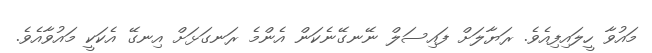
މައުވާ ހީލައިފިއެވެ. ރަޔާލަށް ފައިސަލް ނޭނގޭނެކަން އެންމެ ރަނގަޅަށް އިނގޭ އެކަކީ މައުވާއެވެ.